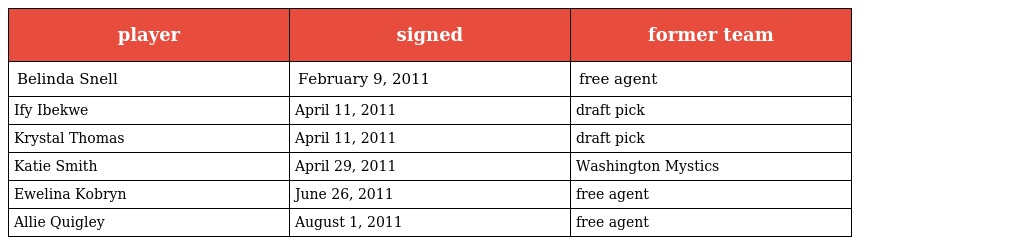
| player | signed | former team |
 | --- | --- | --- |
 | Belinda Snell | February 9, 2011 | free agent |
 | Ify Ibekwe | April 11, 2011 | draft pick |
 | Krystal Thomas | April 11, 2011 | draft pick |
 | Katie Smith | April 29, 2011 | Washington Mystics |
 | Ewelina Kobryn | June 26, 2011 | free agent |
 | Allie Quigley | August 1, 2011 | free agent |